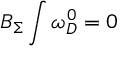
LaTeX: B _ { \Sigma } \int \omega _ { D } ^ { 0 } = 0 \;